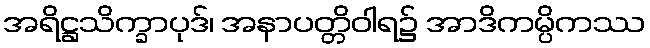
အရိဋ္ဌသိက္ခာပုဒ်၊ အနာပတ္တိဝါရ၌ အာဒိကမ္ပိကဿ